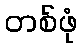
တစ်ဖုံ